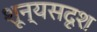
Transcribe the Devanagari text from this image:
शून्यसदृश